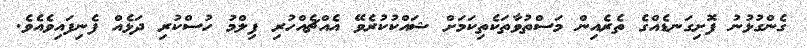
ގެންގުޅުނު ފޮށިގަނޑެއްގެ ތެރެއިން މަސްތުވާތަކެތިކަމަށް ޝައްކުކުރެވޭ އެއްޗެއްހުރި ފިލްމު ހުސްކުރި ދަޅެއް ފެނިފައިވެއެވެ.